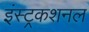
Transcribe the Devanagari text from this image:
इंस्ट्रकशनल